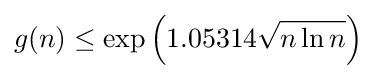
g(n)\leq \exp \left(1.05314{\sqrt {n\ln n}}\right)